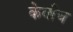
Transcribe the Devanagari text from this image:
केवाँच